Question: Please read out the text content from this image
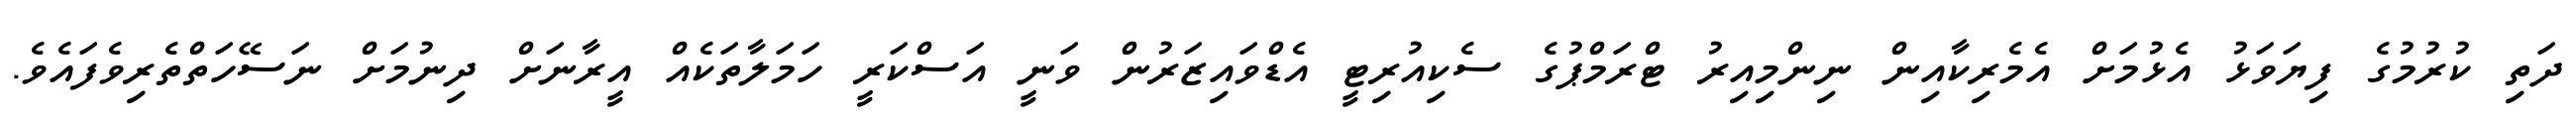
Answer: ދަތި ކުރުމުގެ ފިޔަވަޅު އެޅުމަށް އެމެރިކާއިން ނިންމިއިރު ޓްރަމްޕުގެ ސެކިއުރިޓީ އެޑްވައިޒަރުން ވަނީ އަސްކަރީ ހަމަލާތަކެއް އީރާނަށް ދިނުމަށް ނަސޭހަތްތެރިވެފައެވެ.